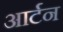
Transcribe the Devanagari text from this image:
आर्टन